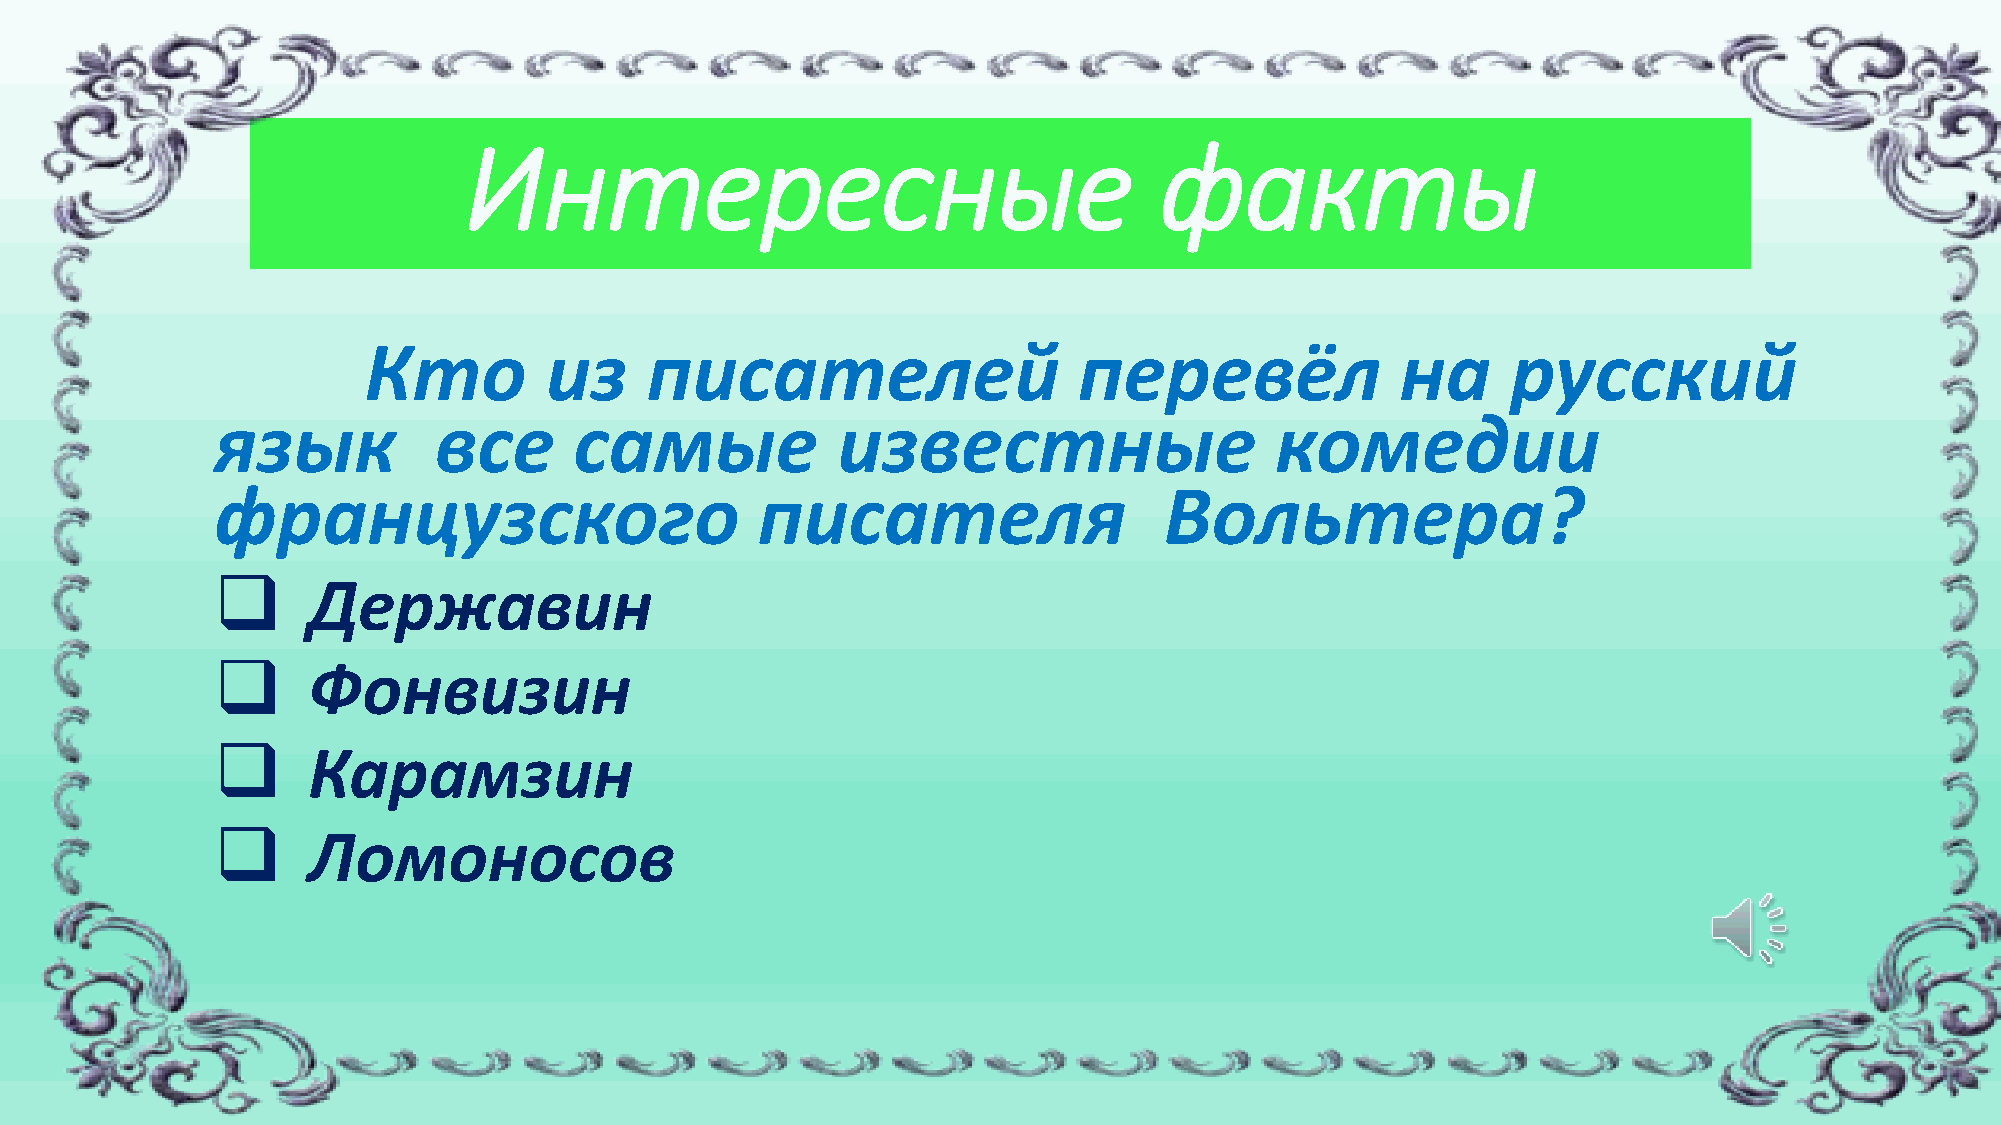
Интересные                                    факты
 Кто         из     писателей                   перевёл               на     русский
 язык           все      самые            известные                    комедии
 французского                        писателя                   Вольтера?
 ❑     Державин
 ❑     Фонвизин
 ❑     Карамзин
 ❑     Ломоносов